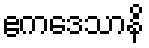
ဧကဒေသာနိ